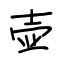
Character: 壶